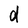
Character: d